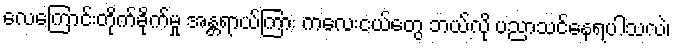
လေကြောင်းတိုက်ခိုက်မှု အန္တရာယ်ကြား ကလေးငယ်တွေ ဘယ်လို ပညာသင်နေရပါသလဲ၊